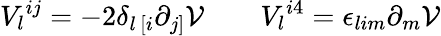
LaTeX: V_{l}{}^{ij}=-2\delta_{l\, [i}\partial_{j]}{\cal V}\qquad V_{l}{}^{i4}=\epsilon_{lim}\partial_{m}{\cal V}